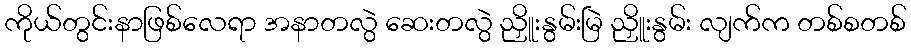
ကိုယ်တွင်းနာဖြစ်လေရာ အနာတလွဲ ဆေးတလွဲ ညှိူးနွမ်းမြဲ ညှိူးနွမ်း လျက်က တစ်စတစ်